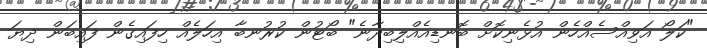
"ކަލޯ އަވިއްސެއްހެން އުޅެނިކޮށް ބޮނޑިއެއްލިބިދާނެ" ބޯޓުން ކުރުނބާ އިހަލެއް ހިފައިގެން ފައިބަން ދިޔަ